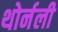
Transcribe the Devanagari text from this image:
थोर्नली